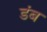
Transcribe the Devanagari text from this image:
डंब